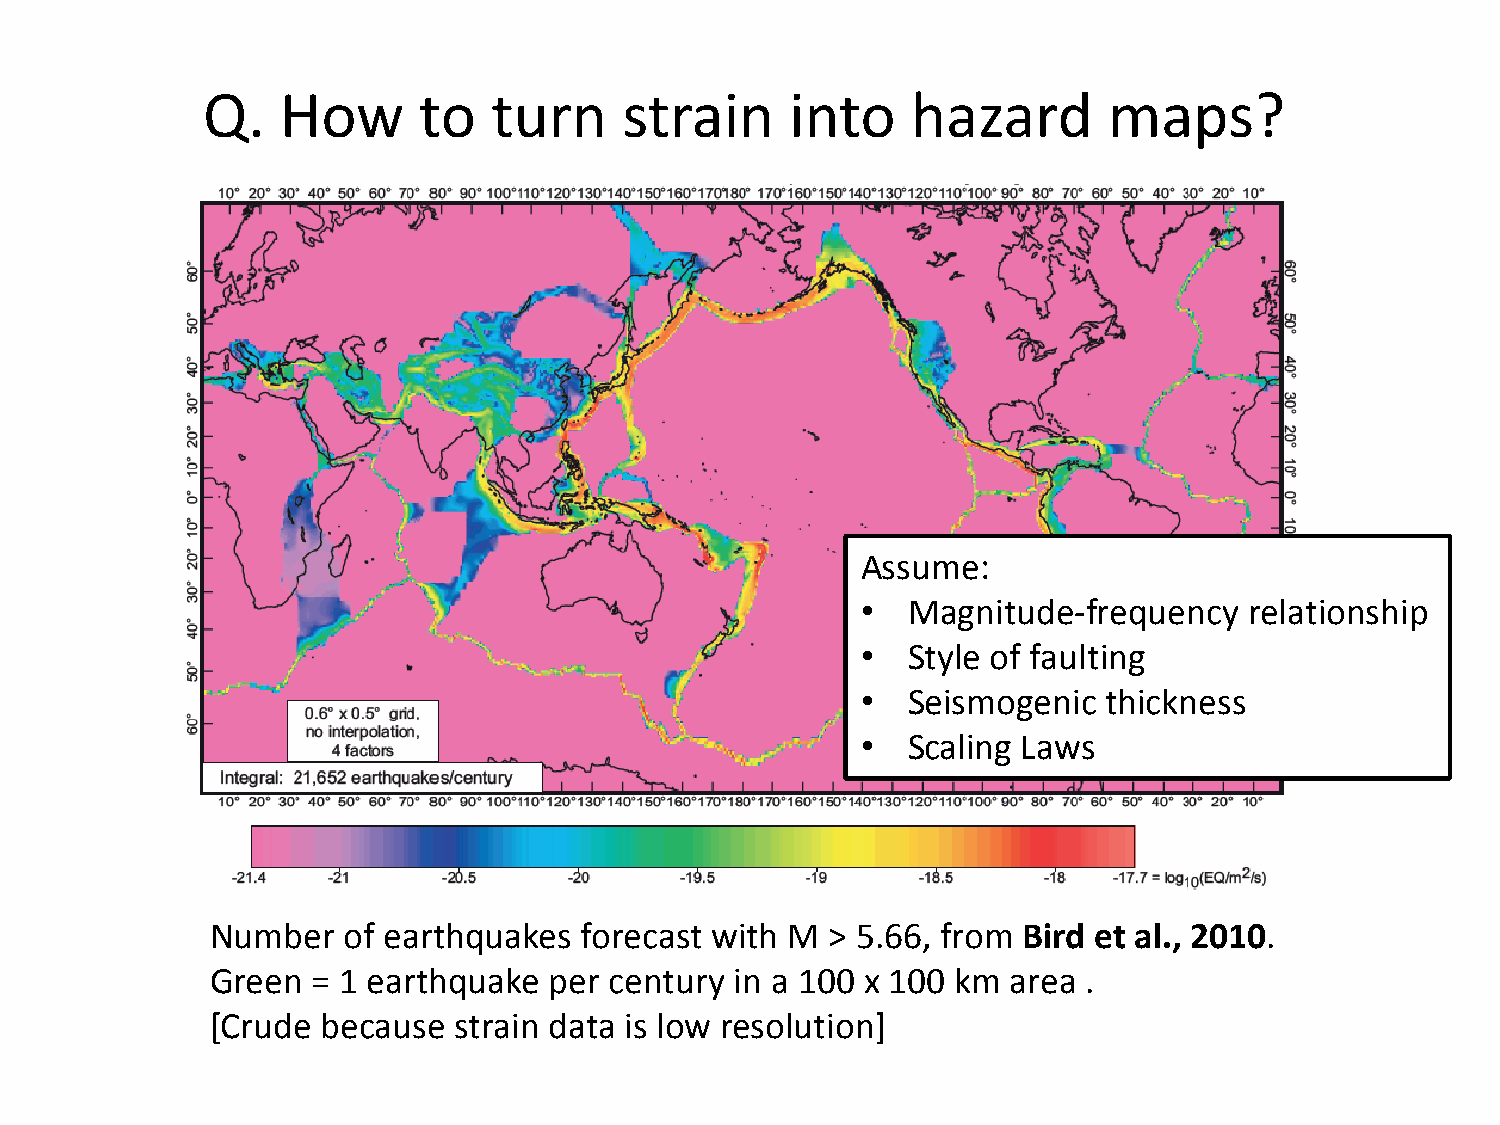
Q.    How      to   turn    strain     into    hazard       maps?
 Assume:
 •  Magnitude-frequency    relationship
 •  Style of faulting
 •  Seismogenic  thickness
 •  Scaling Laws
 Number   of earthquakes forecast with M  > 5.66, from Bird et al., 2010.
 Green  = 1 earthquake per century  in a 100 x 100 km area .
 [Crude because  strain data is low resolution]